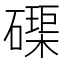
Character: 𮁊